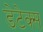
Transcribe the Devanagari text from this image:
डेटेक्स